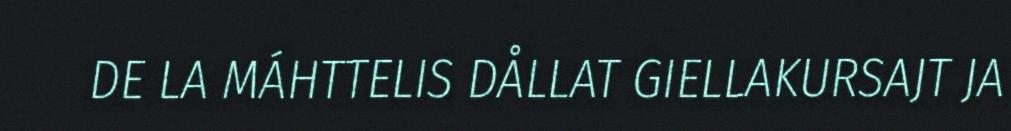
DE LA MÁHTTELIS DÅLLAT GIELLAKURSAJT JA